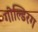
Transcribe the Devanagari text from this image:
गोल्डिरग